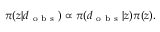
\pi ( \boldsymbol { z } | \boldsymbol { d } _ { \mathrm { ~ o ~ b ~ s ~ } } ) \propto \pi ( \boldsymbol { d } _ { \mathrm { ~ o ~ b ~ s ~ } } | \boldsymbol { z } ) \pi ( \boldsymbol { z } ) .